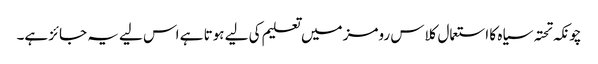
چونکہ تحتہ سیاہ کا استعمال کلاس رومز میں تعلیم کی لیے ہوتا ہے اس لیے یہ جائز ہے۔